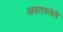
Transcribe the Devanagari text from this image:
अवतरलेले